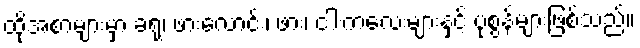
ထိုအစာများမှာ ခရု၊ ဖားလောင်း၊ ဖား၊ ငါးကလေးများနှင့် ပုစွန်များဖြစ်သည်။